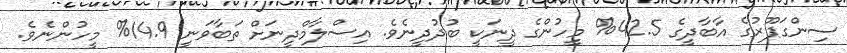
ސިންގަޕޫރުގެ އާބާދީގެ 42.5% މީހުންގެ ދީނަކީ ބުދުދީނެވެ. އިސްލާމްދީނަށް ތަބާވަނީ 14.9% މީހުންނެވެ.